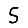
Digit: 5